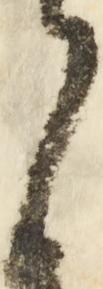
沙